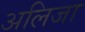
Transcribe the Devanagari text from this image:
अलिजा